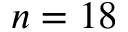
n = 1 8